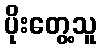
ပိုးတွေ့သူ